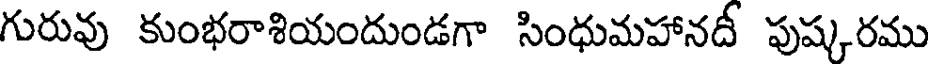
గురువు కుంభరాశియందుండగా సింధుమహానదీ పుష్కరము